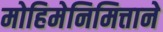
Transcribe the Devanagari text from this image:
मोहिमेनिमित्ताने